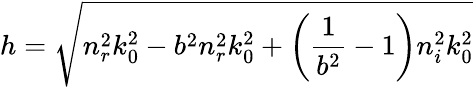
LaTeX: h=\sqrt{n_{r}^{2}k_{0}^{2}-b^{2}n_{r}^{2}k_{0}^{2}+\left(\frac{1}{b^{2}}-1\right)n_{i}^{2}k_{0}^{2}}